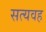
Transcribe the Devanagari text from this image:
सत्यवह